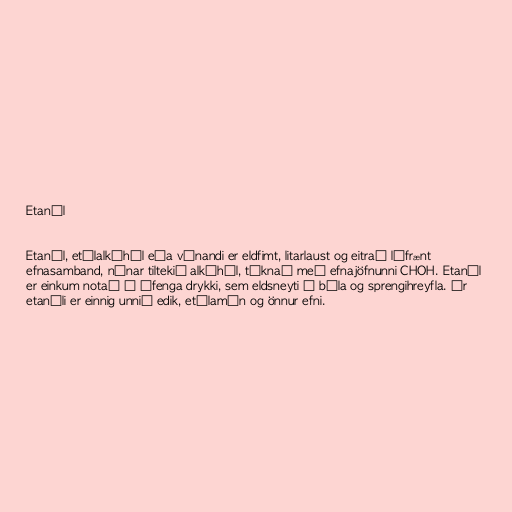
Etanól

Etanól, etýlalkóhól eða vínandi er eldfimt, litarlaust og eitrað lífrænt
efnasamband, nánar tiltekið alkóhól, táknað með efnajöfnunni CHOH. Etanól
er einkum notað í áfenga drykki, sem eldsneyti á bíla og sprengihreyfla. Úr
etanóli er einnig unnið edik, etýlamín og önnur efni.